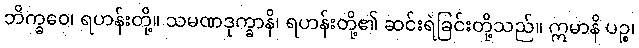
ဘိက္ခဝေ၊ ရဟန်းတို့။ သမဏဒုက္ခာနိ၊ ရဟန်းတို့၏ ဆင်းရဲခြင်းတို့သည်။ ဣမာနိ ပဉ္စ၊